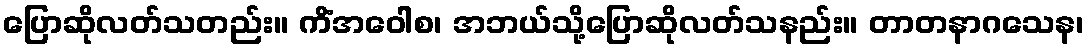
ပြောဆိုလတ်သတည်း။ ကိံအဝေါစ၊ အဘယ်သို့ပြောဆိုလတ်သနည်း။ တာတနာဂသေန၊